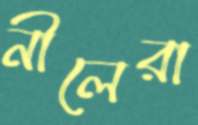
নীলেরা